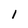
Character: 1